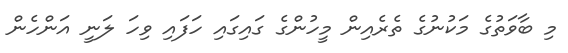
މި ބާވަތުގެ މަކުނުގެ ތެރެއިން މީހުންގެ ގައިގައި ހަފައި ވިހަ ލަނީ އަންހެން